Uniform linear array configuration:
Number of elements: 12
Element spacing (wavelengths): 1
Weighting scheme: kaiser
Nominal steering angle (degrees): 0
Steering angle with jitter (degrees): -1.459
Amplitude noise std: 0.05
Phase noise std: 0.05

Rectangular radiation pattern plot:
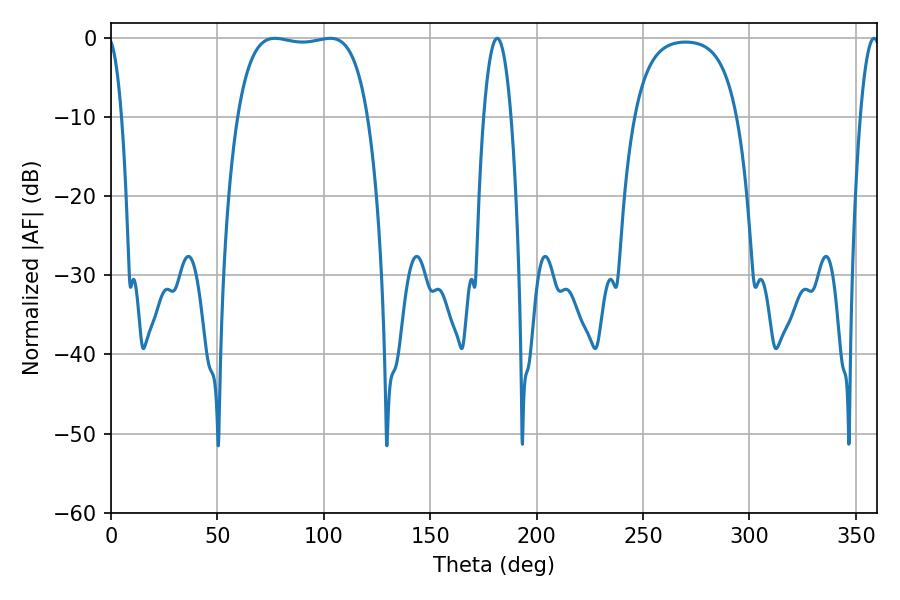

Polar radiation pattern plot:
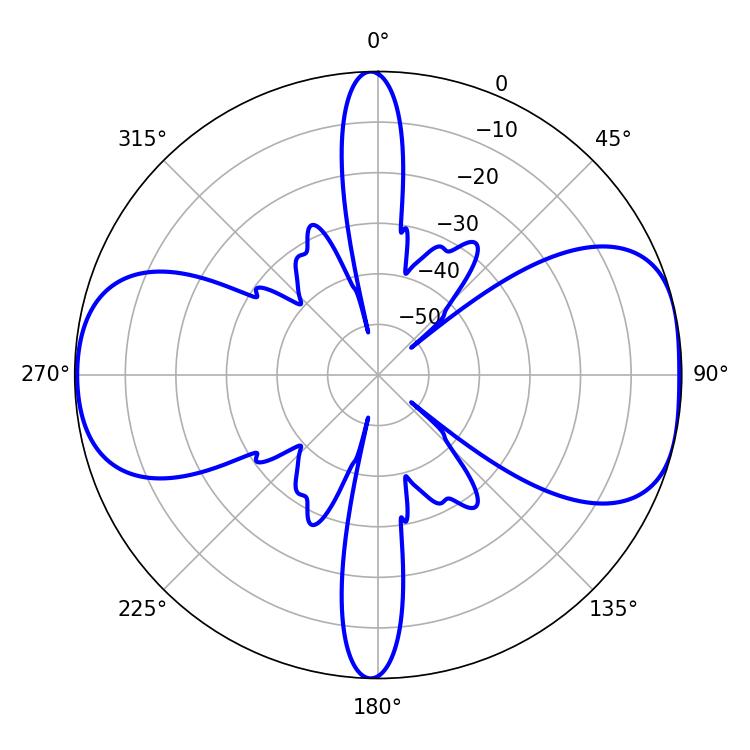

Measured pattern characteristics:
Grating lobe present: TRUE
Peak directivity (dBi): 8.446
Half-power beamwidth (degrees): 48.6
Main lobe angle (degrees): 77.04